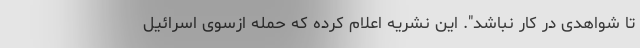
تا شواهدی در کار نباشد". این نشریه اعلام کرده که حمله ازسوی اسرائیل